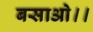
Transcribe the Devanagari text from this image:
बसाओ।।